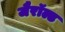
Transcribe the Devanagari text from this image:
जैरॉल्ड